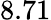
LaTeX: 8.71